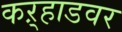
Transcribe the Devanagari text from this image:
कऱ्हाडवर